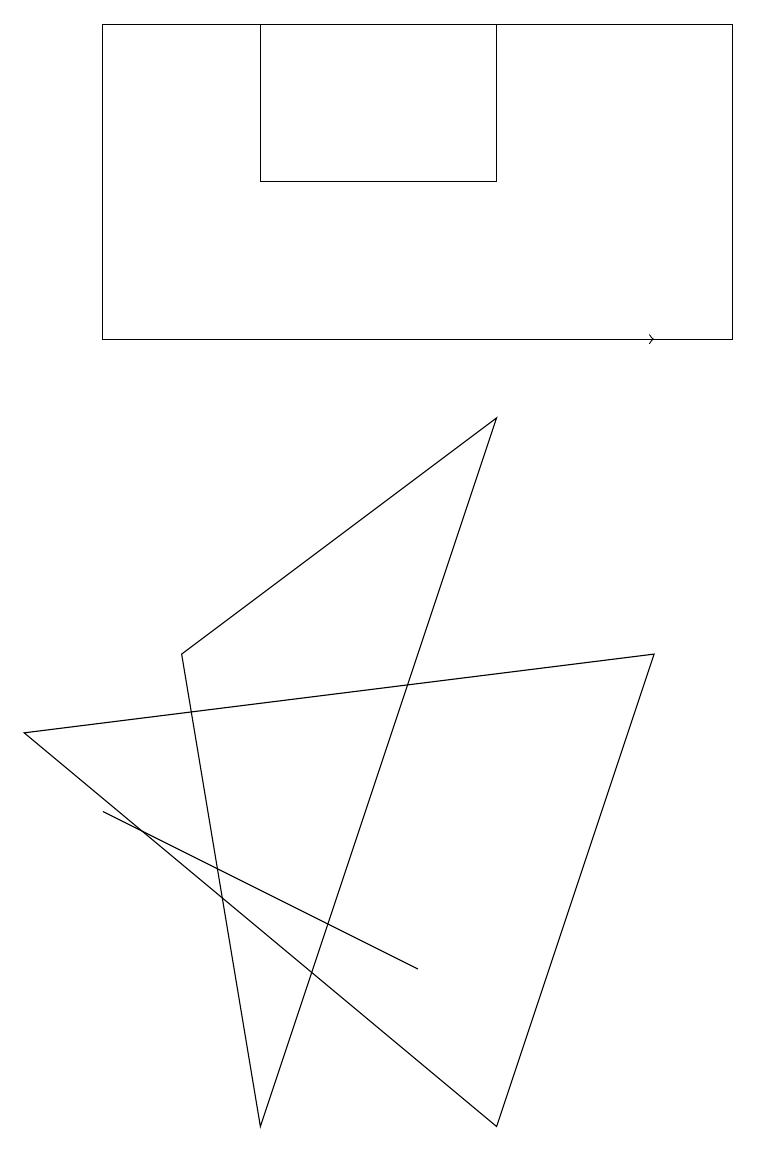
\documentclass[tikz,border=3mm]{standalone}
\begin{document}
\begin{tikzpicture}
\draw[->] (4,10) -- (8,10);
\draw (3,12) rectangle (6,14);
\draw (6,0) -- (8,6) -- (0,5) -- cycle;
\draw (5,2) -- (1,4) -- (5,2) -- cycle;
\draw (9,10) rectangle (1,14);
\draw (3,0) -- (2,6) -- (6,9) -- cycle;
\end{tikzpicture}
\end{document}